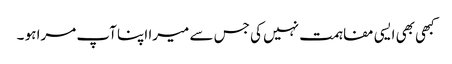
کبھی بھی ایسی مفاہمت نہیں کی جس سے میرا اپنا آپ مرا ہو ۔